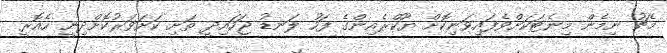
މެޗު ނިމެން މިނެޓަކަށްވެފައިވަނިކޮށް ޔޫކްރެއިންގެ ފަހު ލަނޑު ޖަހައިދީ ތަށި ކަށަވަރުކޮށްދިނީ ހެއޮރީ